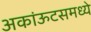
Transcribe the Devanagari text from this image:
अकांऊटसमध्ये